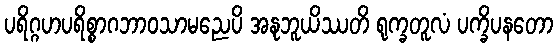
ပရိဂ္ဂဟပရိစ္စာဂဘာဝသာမညေပိ အနုဘူယိဿတိ ရုက္ခတူလံ ပက္ခိပနတော